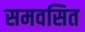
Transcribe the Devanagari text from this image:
समवसित